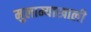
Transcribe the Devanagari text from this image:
मुलाम्याखाली